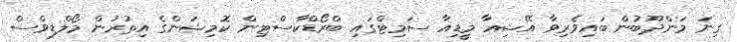
ގިނަ މަންދޫބުން ބައިވެރިވާ އޭޝިއާ މީޑިއާ ސަމިޓްގައި ބްރޯޑްކާސްޓިން ކޮމިޝަންގެ އިތުރުން މޯލްޑިވްސް